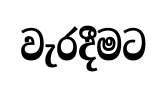
වැරදීමට